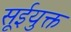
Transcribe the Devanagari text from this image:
सूईयुक्त